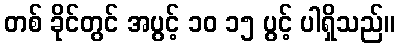
တစ် ခိုင်တွင် အပွင့် ၁၀ ၁၅ ပွင့် ပါရှိသည်။